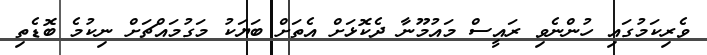
ވެރިކަމުގައި ހުންނެވި ރައީސް މައުމޫނާ ދެކޮޅަށް އެތަށް ބަޔަކު މަގުމައްޗަށް ނިކުމެ ބޮޑެތި